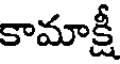
కామాక్షీ